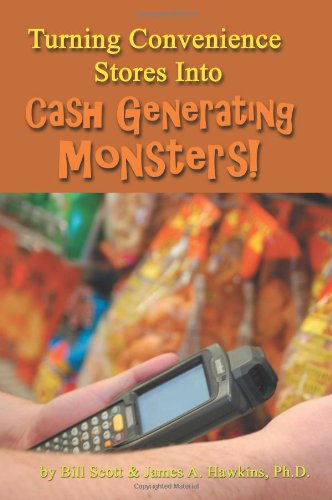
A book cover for Turning Convenience Stores Into Cash Generating Monsters; Bill Scott; Business & Money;